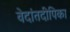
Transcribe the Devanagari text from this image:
वेदांतदीपिका